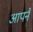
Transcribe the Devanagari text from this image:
आपनै